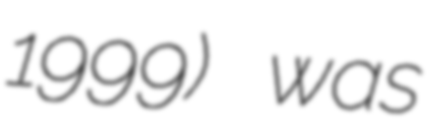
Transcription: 1999) was